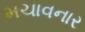
મચાવનાર